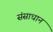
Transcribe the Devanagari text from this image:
संसाधान